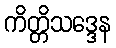
ကိတ္တိသဒ္ဒေန